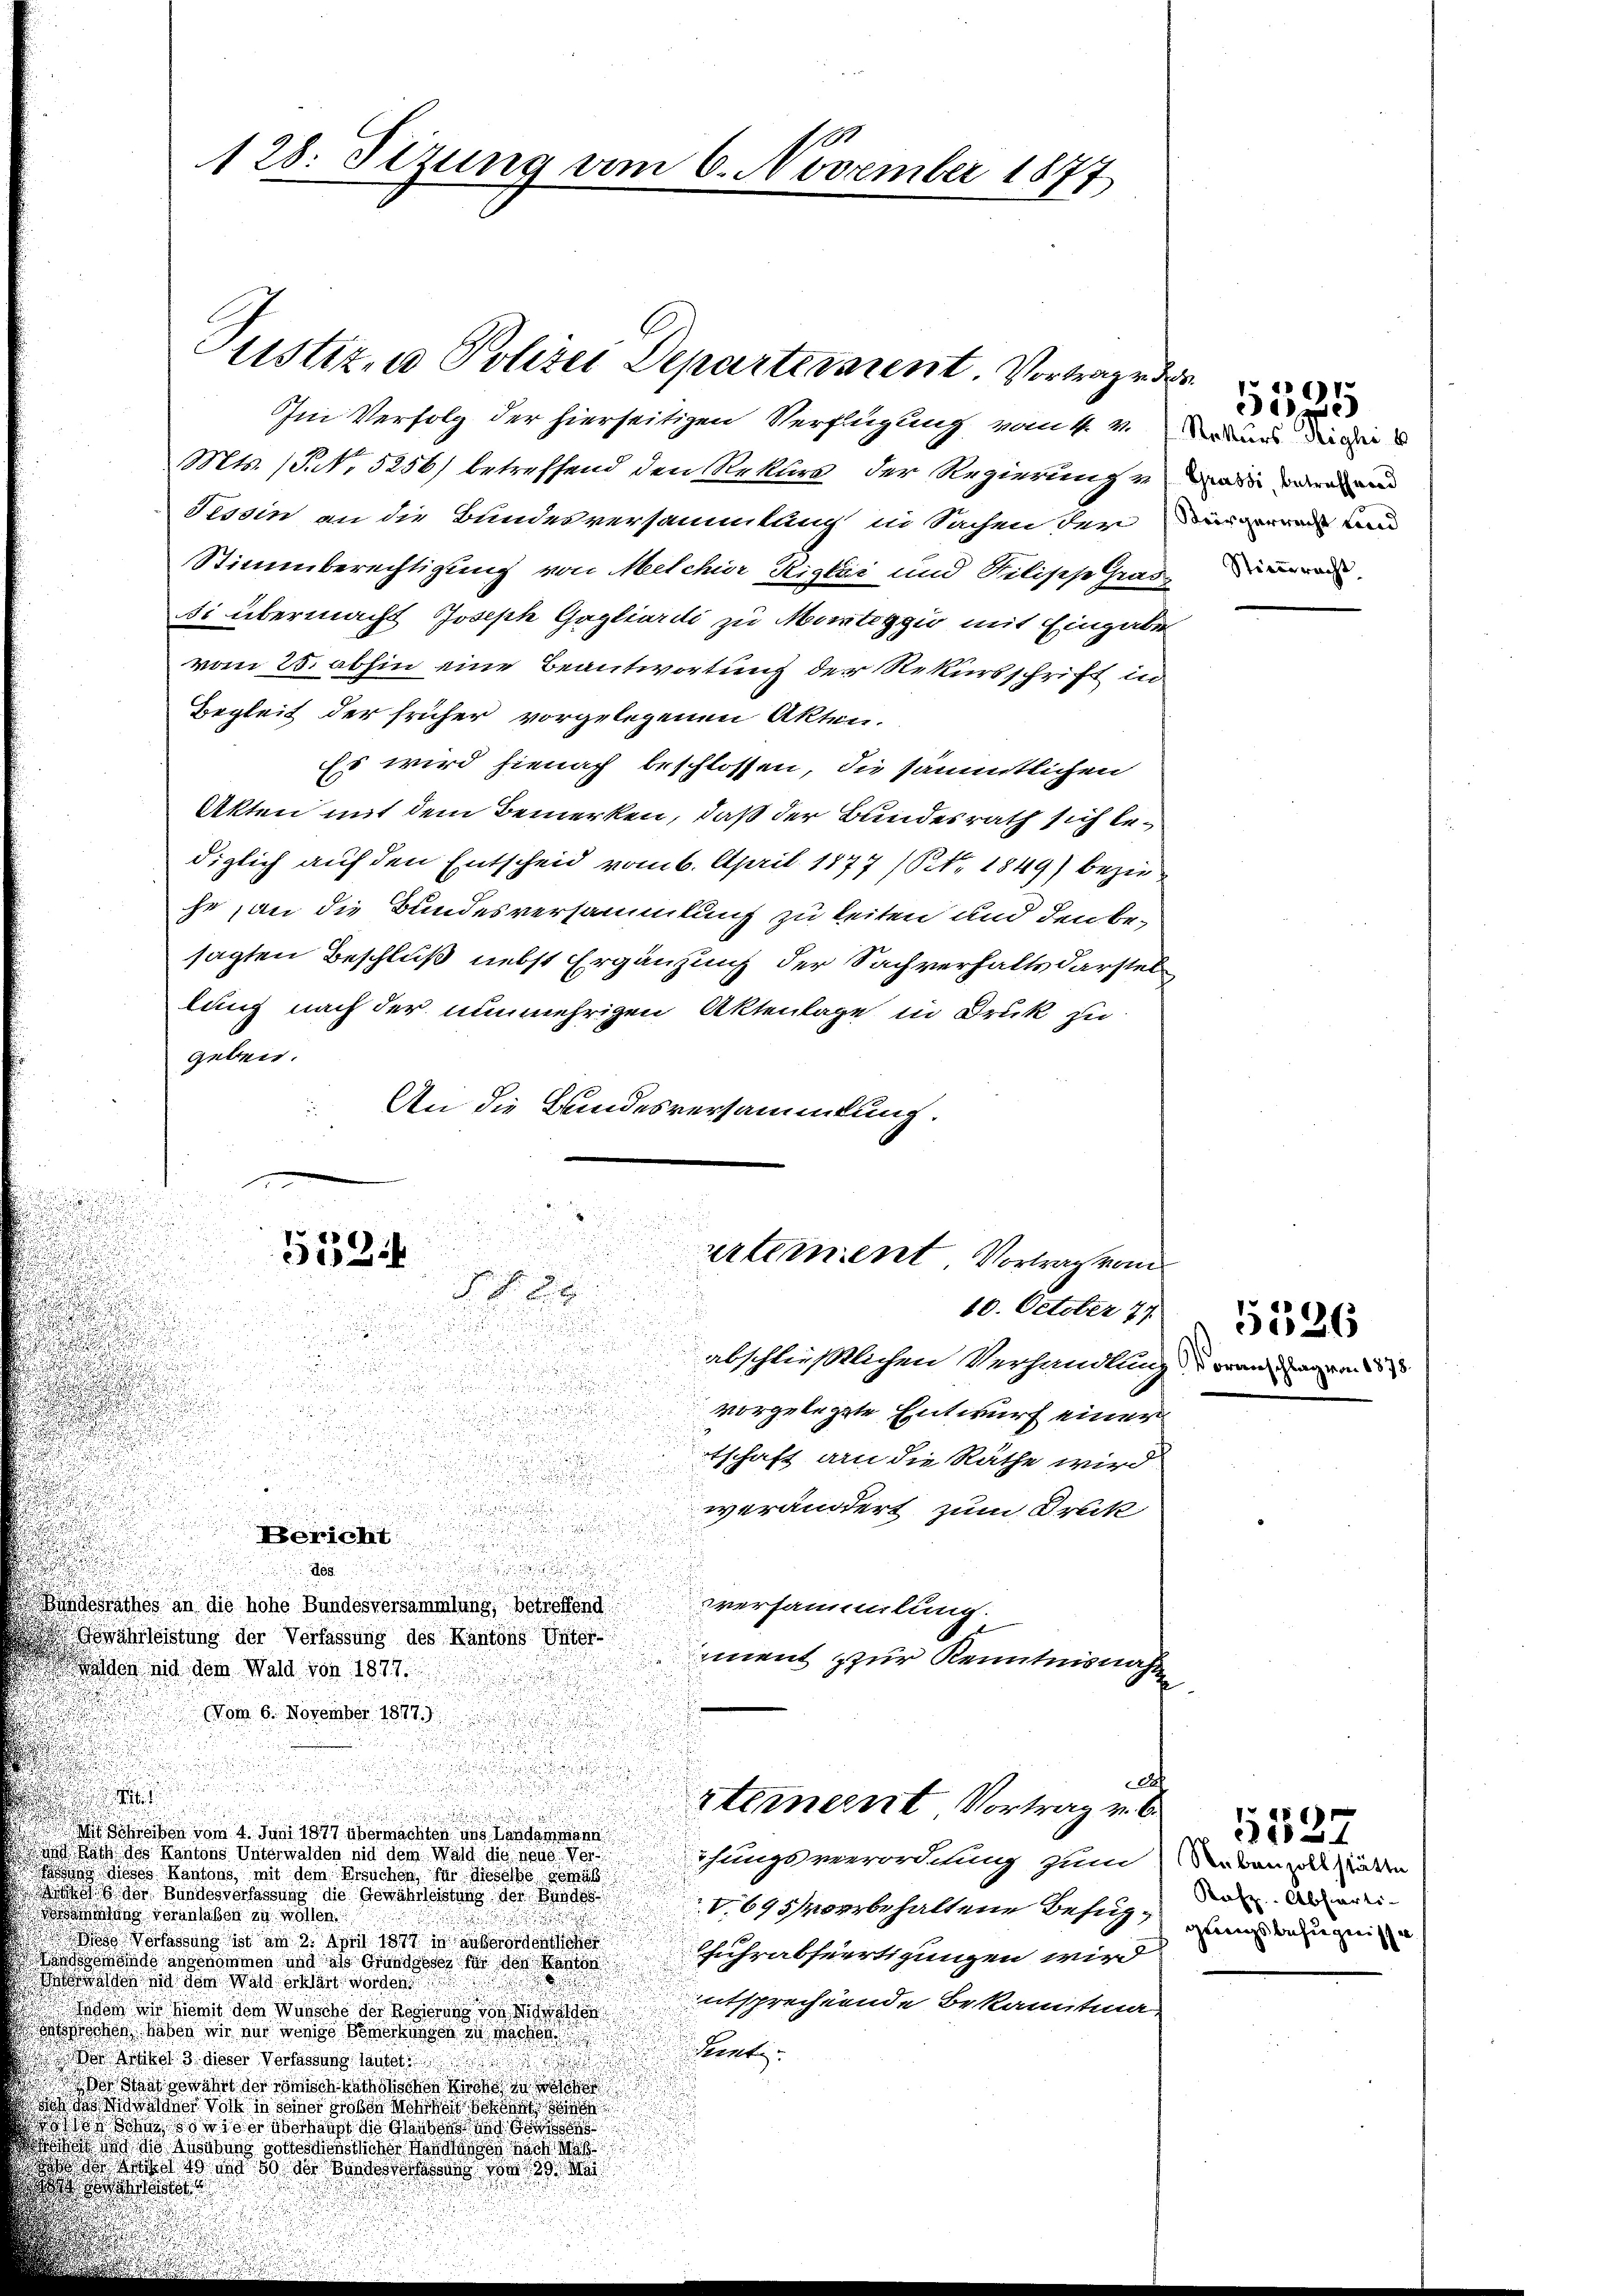
100
128. Setzung vom 6. November 1877

stizen Polizei Departeraient. Vortrage de

Im Verfolg der hierseitigen Verfügung vom 4. v.
Mts. (T. No 5256) betreffend den Rekurs der Regierung von
Tessin an die Bundesversammtung in Sachen der
Stimmberechtigung von Melchior Rigler und Rilische Grad
si übermacht Joseph Gagliardi zu Martiggio mit Eingaben
vom 25. abhin eine Beantwortung der Rekursschrift in
Begleit der früher vorgelegenen Akten.
Es wird hienaf beschlossen, die sämmtlichen
Akten mit dem Bemerken, daß der Bundesrath sich bediglich auf den Entscheid vom 6. April 1877 (Nr. 1849) bezieje, an die Bundesversammlung zu keiten und denke,
sagten Beschluß nebst Ergänzung der Sachverhalts darstel
lung nach der nunmehrigen Aktenlage in Druk zu
geben.
An die Bundesversammlung.

u
abschlüßtlichen Verhandlung daran davon 1875
¬
vorgelegte Entwurf einer
tschaft an die Räthe wird
verändert zum Druck
d
Bericht

808
undesrathes an die hohe Bundesversammlung, betreffend
sversammlung.
Gewährleistung der Verfassung des Kantons Unter-
iment zur Kenntnisnahm
aden mit dem Wald von 1877.
(Vom 6. November 1877)
E
.
stement Vortrag v. 6.

en vom 4. Juni 1877 übermachten und Landammann
 und Rath des Kantons Unterwalden nid dem Wald die neue Veröhungsverordnung zum Rebenzollstätte
un dieses Kantons mit dem Ersuchen, für dieselbe gemäs
 Bundesverfassung die Gewährleistung der Bundes
V.695 vorbehaltene Befugun veranlaßen zu wollen.

D diese Verfassung ist am 2. Am den in außerorden Fuhrabfertigungen wird
nde angenommen und als Grundesser der den Kanton
h sie den Wald erklärt worden
ntsprechende Bekanntma-
 den wir hiemit dem Wunsche der Regierung von Wide
ischen haben wir aus wenige Bemerkungen zu machen
ntz:
s Wind 3 dieser Verfassens lautet
aat gewährt der zwisch katholischen Kirche zu
i Noth in seiner Hose Mehrheit worden
 ohne so wie überhaupt die Kanton und
 die Ausübung sottesdienstlicher Handenen nach Mas
dt das so in so das Barbar do 20. Ma

u
n
558f
artement Vortrag vom
s

10. October 77
s
.

Rekurs dighi
Keörgerrecht und
Stieracht

re

55526

Rofz. Abharti-
gennigsbefugnisse.

5537